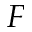
F